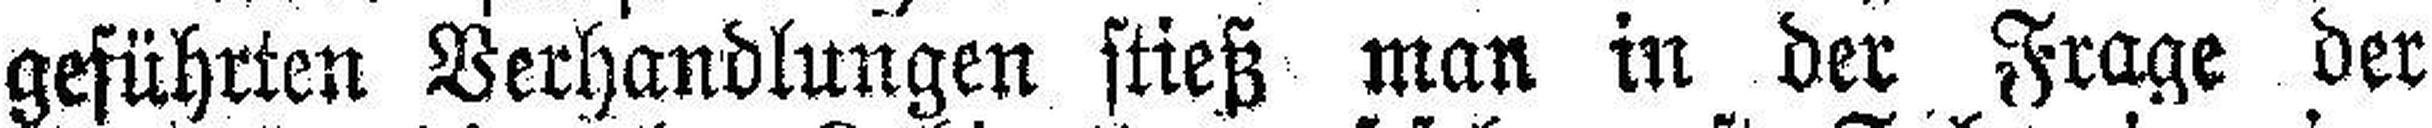
geführten Verhandlungen stieß man in der Frage der